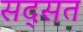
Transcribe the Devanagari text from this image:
सद्सत